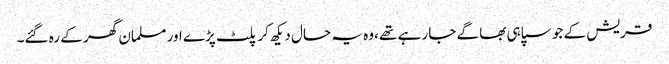
قریش کے جو سپاہی بھاگے جا رہے تھے ،وہ یہ حال دیکھ کر پلٹ پڑے اور مسلمان گھر کے رہ گئے۔